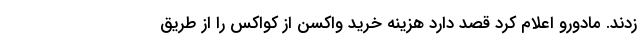
زدند. مادورو اعلام کرد قصد دارد هزینه خرید واکسن از کواکس را از طریق